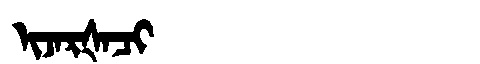
Manchu: ᡳᠵᠠᡵᡧᠠᠴᡳ
Romanization: IJARŠACI